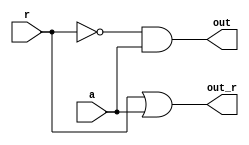
module bitops_get_hilo_abf(a,r,out,out_r);
input wire a,r;
output wire out, out_r;

assign  out = (~r)&&a; //out = (r==0) ? a : 0;
assign  out_r = r||a;//(r==1)||(a==1);

endmodule